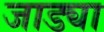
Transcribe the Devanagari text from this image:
जाड्या